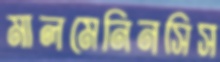
মালমেনিনসিস